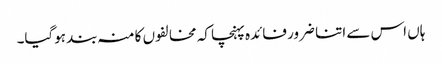
ہاں اس سے اتنا ضرور فائدہ پہنچا کہ مخالفوں کا منہ بند ہوگیا۔